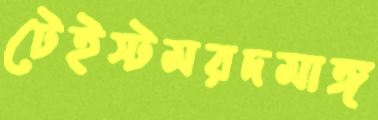
টেইস্টমরদমাঙ্গ